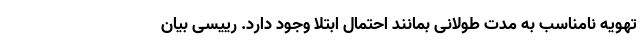
تهویه نامناسب به مدت طولانی بمانند احتمال ابتلا وجود دارد. رییسی بیان